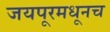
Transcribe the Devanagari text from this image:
जयपूरमधूनच